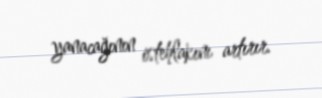
yanacağının istehlakını artırır.